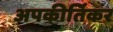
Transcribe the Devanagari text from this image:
अपकीर्तिकर